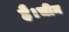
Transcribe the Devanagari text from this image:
है।चीन